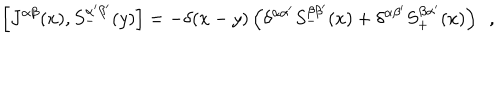
LaTeX: \left[ J ^ { \alpha \beta } ( x ) , S _ { - } ^ { \alpha ^ { \prime } \beta ^ { \prime } } ( y ) \right] = - \delta ( x - y ) \left( \delta ^ { \alpha \alpha ^ { \prime } } S _ { - } ^ { \beta \beta ^ { \prime } } ( x ) + \delta ^ { \alpha \beta ^ { \prime } } S _ { + } ^ { \beta \alpha ^ { \prime } } ( x ) \right) ~ ~ ,